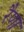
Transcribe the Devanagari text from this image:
रैणा